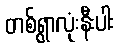
တစ်ရွာလုံးနီးပါး